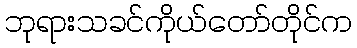
ဘုရားသခင်ကိုယ်တော်တိုင်က